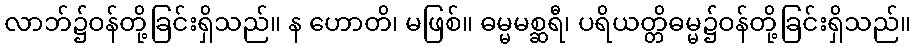
လာဘ်၌ဝန်တို့ခြင်းရှိသည်။ န ဟောတိ၊ မဖြစ်။ ဓမ္မမစ္ဆရီ၊ ပရိယတ္တိဓမ္မ၌ဝန်တို့ခြင်းရှိသည်။